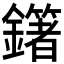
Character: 𨮿